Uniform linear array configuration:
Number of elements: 12
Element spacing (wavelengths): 0.25
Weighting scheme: uniform
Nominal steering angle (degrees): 0
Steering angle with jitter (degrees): -1.249
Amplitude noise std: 0.05
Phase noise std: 0.05

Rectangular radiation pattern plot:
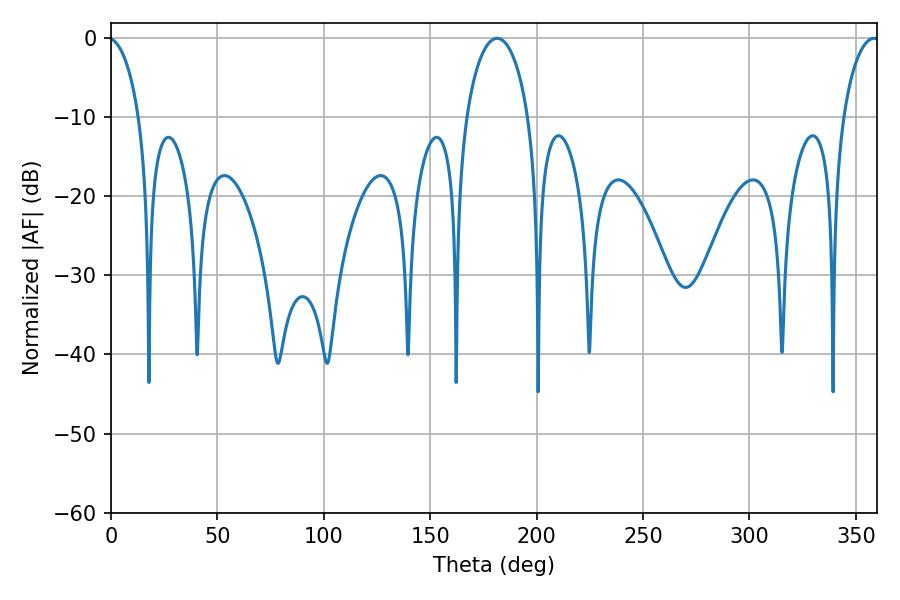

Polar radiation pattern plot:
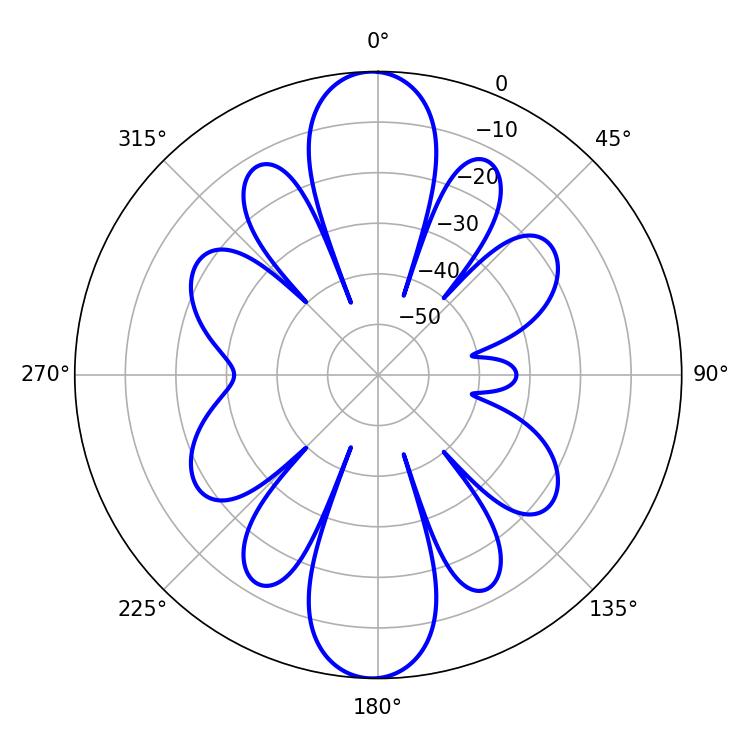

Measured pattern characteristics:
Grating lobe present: FALSE
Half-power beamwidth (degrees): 9.9
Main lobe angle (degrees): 358.56